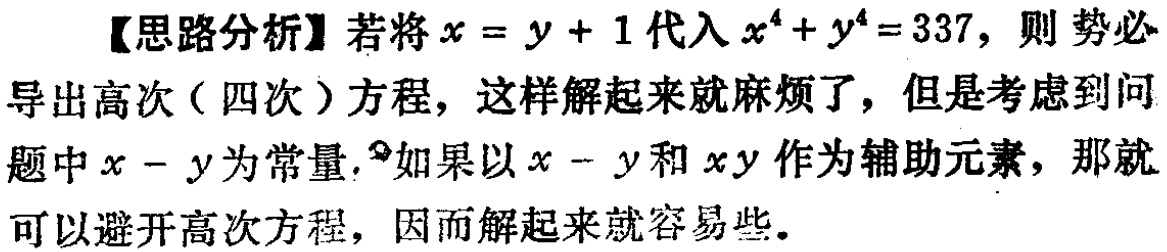
【思路分析】若将\(x = y + 1\)代入\(x^{4}+y^{4}=337\)，则势必导出高次（四次）方程，这样解起来就麻烦了，但是考虑到问题中\(x - y\)为常量，如果以\(x - y\)和\(xy\)作为辅助元素，那就可以避开高次方程，因而解起来就容易些。